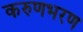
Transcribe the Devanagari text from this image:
करुणभरण